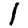
Digit: 1